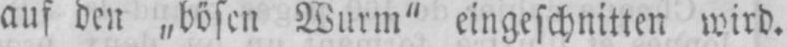
Wurm“ eingeschnitten wird.